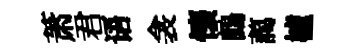
萧君语衾懷鷓藹櫨